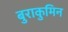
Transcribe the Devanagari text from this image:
बुराकुमिन